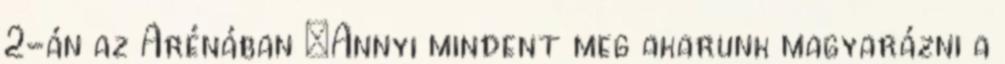
2-án az Arénában „Annyi mindent meg akarunk magyarázni a